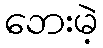
ဘေးမဲ့